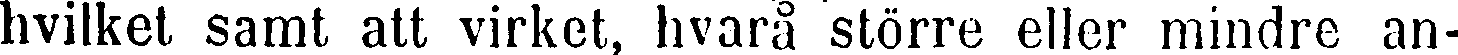
hvilket samt att virket, hvarå större eller mindre an-